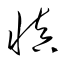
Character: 愼